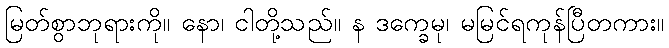
မြတ်စွာဘုရားကို။ နော၊ ငါတို့သည်။ န ဒက္ခေမု၊ မမြင်ရကုန်ပြီတကား။